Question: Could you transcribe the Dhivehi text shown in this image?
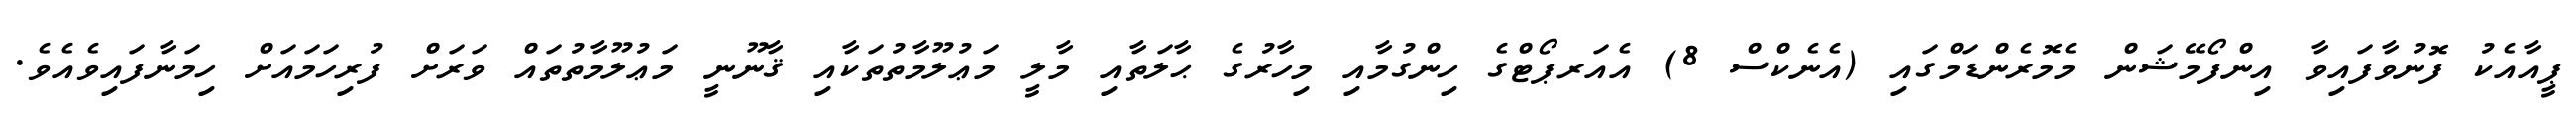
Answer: ޕީއާއެކު ފޮނުވާފައިވާ އިންފޯމޭޝަން މެމޮރެންޑަމްގައި (އެނެކްސް 8) އެއަރޕޯޓްގެ ހިންގުމާއި މިހާރުގެ ޙާލަތާއި މާލީ މަޢުލޫމާތުތަކާއި ޤާނޫނީ މަޢުލޫމާތުތައް ވަރަށް ފުރިހަމައަށް ހިމަނާފައިވެއެވެ.